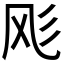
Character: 𱃔